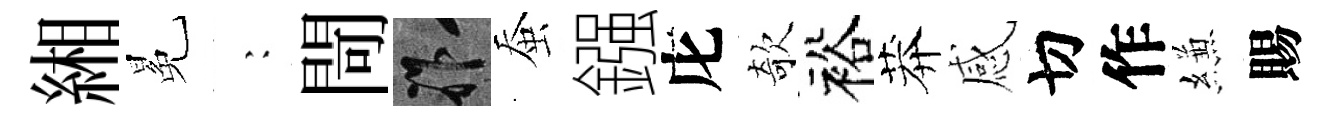
緗冕巍閜祚蚕鏹庀欹裕莽感切作縑賜